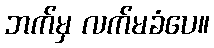
ဘက်မှ လက်မခံပေ။